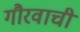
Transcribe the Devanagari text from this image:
गौरवाची